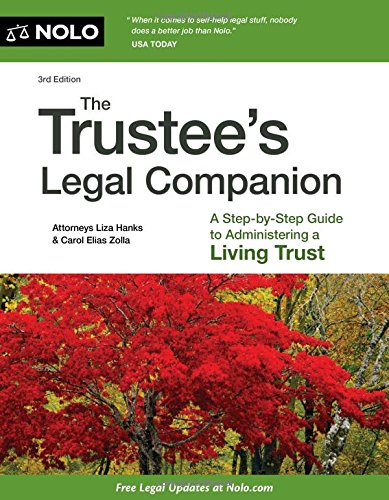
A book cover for Trustee's Legal Companion, The: A Step-by-Step Guide to Administering a Living Trust; Liza Hanks Attorney; Law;